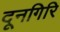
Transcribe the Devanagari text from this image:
दूनगिरि